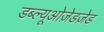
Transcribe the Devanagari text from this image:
डब्ल्यूओज़ेडज़ेड